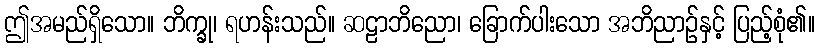
ဤအမည်ရှိသော။ ဘိက္ခု၊ ရဟန်းသည်။ ဆဠာဘိညော၊ ခြောက်ပါးသော အဘိညာဉ်နှင့် ပြည့်စုံ၏။